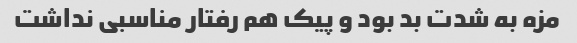
مزه به شدت بد بود و پیک هم رفتار مناسبی نداشت